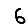
Digit: 6